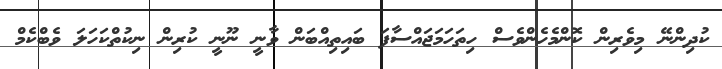
ކުދިންނޭ މިވެރިން ކޮންމެހެންވެސް ހިތަހަމަޖައްސާފަ ބައިތިއްބަން ވާނީ ނޫނީ ކުރިން ނިކުތްކަހަލަ ވެބްކެމް